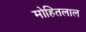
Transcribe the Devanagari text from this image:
मोहितलाल